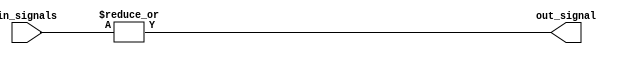
module or_gate (
    input [7:0] in_signals,
    output out_signal
);

assign out_signal = |in_signals;

endmodule